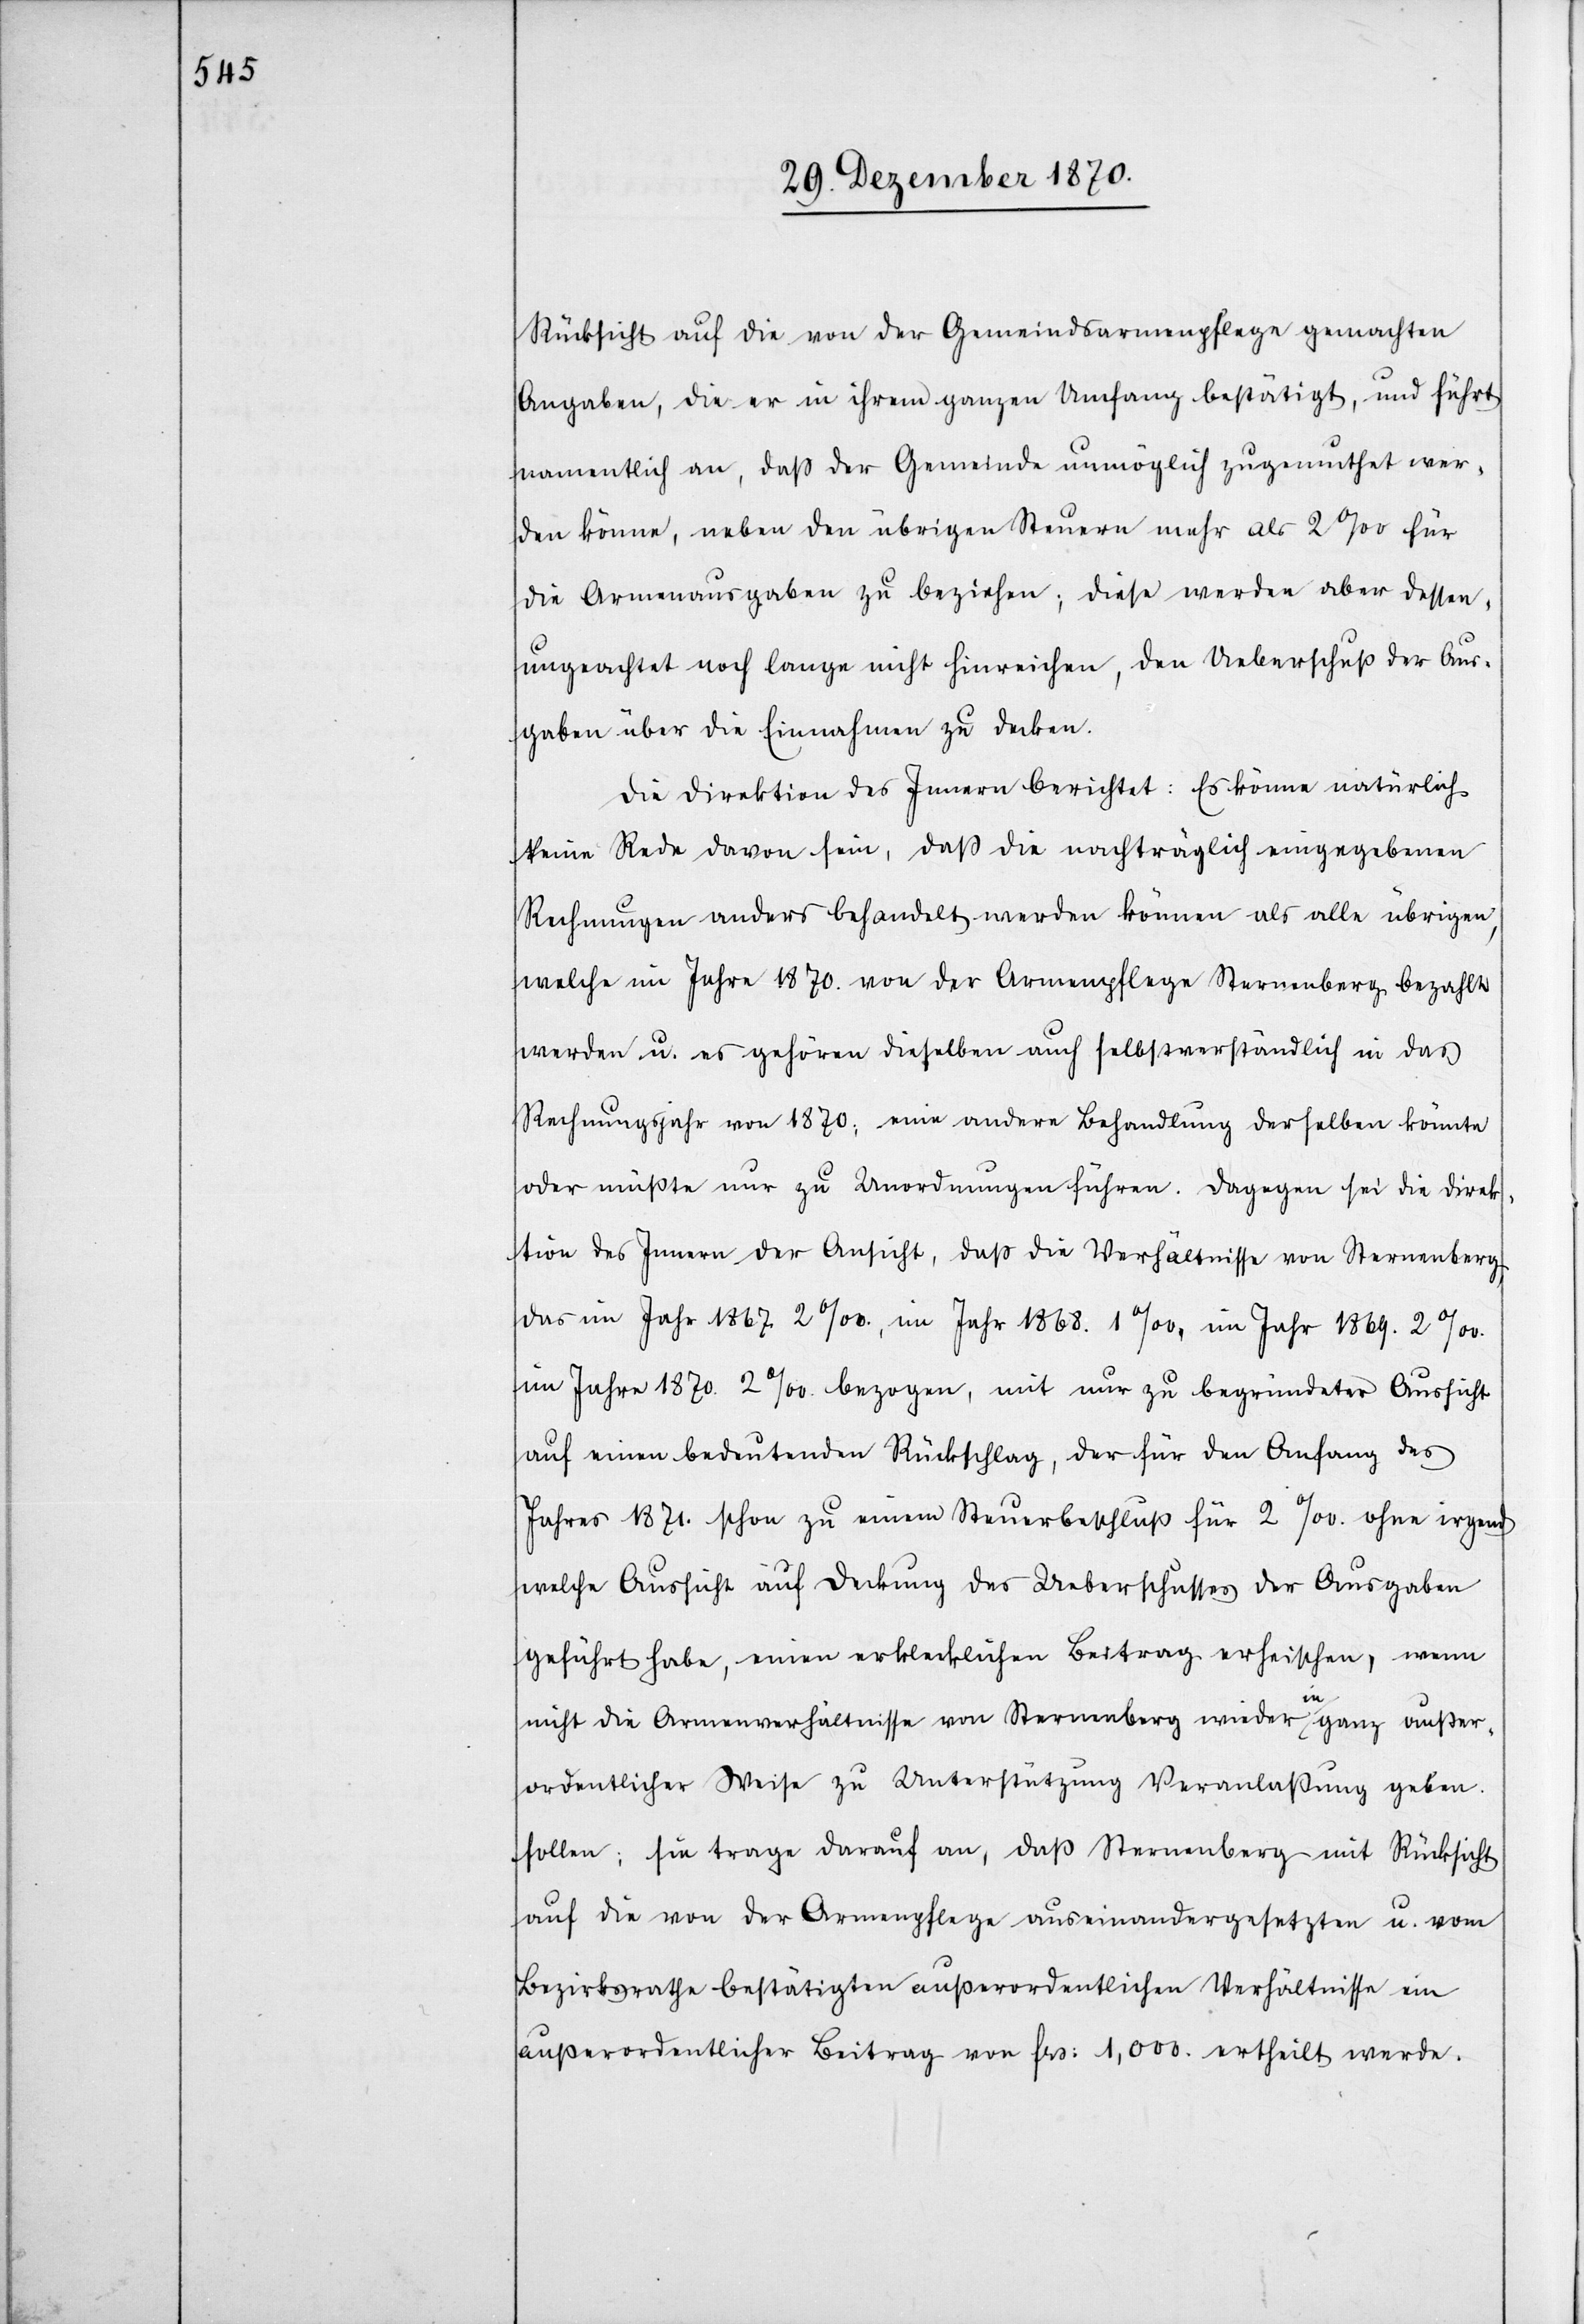
Rücksicht auf die von der Gemeindsarmenpflege gemachten
Angaben, die er in ihrem ganzen Umfang bestätigt, und führt
namentlich an, daß der Gemeinde unmöglich zugemuthet wer¬
den könne, neben den übrigen Steuern mehr als 2‰ für
die Armenausgaben zu beziehen; diese werden aber dessen
ungeachtet noch lange nicht hinreichen, den Ueberschuß der Aus¬
gaben für die Einnahmen zu decken.
Die Direktion des Innern berichtet: Es könne natürlich
keine Rede davon sein, daß die nachträglich eingegebenen
Rechnungen anders behandelt werden können als alle übrigen,
welche im Jahre 1870. von der Armenpflege Sternenberg bezahlt
werden u. es gehören dieselben auch selbstverständlich in das
Rechnungsjahr von 1870; eine andere Behandlung derselben könnte
oder müßte nur zu Unordnungen führen. Dagegen sei die Direk¬
tion des Innern der Ansicht, daß die Verhältnisse von Sternenberg
im Jahr 1867 2‰ bezogen, mit nur zu begründeter Aussicht
auf einen bedeutenden Rückschlag, der für den Anfang des
Jahres 1871. schon zu einem Steuerbeschluß für 2‰ ohne irgend¬
welche Aussicht auf Deckung des Ueberschusses der Ausgaben
wenn
geführt habe, einen erklecklichen Beitrag erheischen,
nicht die Armenverhältnisse von Sternenberg wieder in ganz außer¬
ordentlicher Weise zu Unterstützung Veranlaßung geben
sollen; sie trage darauf an, daß Sternenberg mit Rücksicht
auf die von der Armenpflege auseinandergesetzten u. vom
Bezirksrathe bestätigten außerordentlichen Verhältnisse ein
außerordentlicher Beitrag von Frs: 1,000. ertheilt werde.